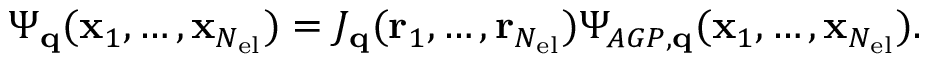
\Psi _ { \mathbf { q } } ( \mathbf { x } _ { 1 } , \dots , \mathbf { x } _ { N _ { \mathrm { e l } } } ) = J _ { \mathbf { q } } ( \mathbf { r } _ { 1 } , \dots , \mathbf { r } _ { N _ { \mathrm { e l } } } ) \Psi _ { A G P , \mathbf { q } } ( \mathbf { x } _ { 1 } , \dots , \mathbf { x } _ { N _ { \mathrm { e l } } } ) .